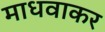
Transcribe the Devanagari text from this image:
माधवाकर